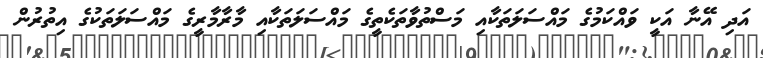
އަދި އޭނާ އަކީ ވައްކަމުގެ މައްސަލަތަކާއި މަސްތުވާތަކެތީގެ މައްސަލަތަކާއި މާރާމާރީގެ މައްސަލަތަކުގެ އިތުރުން